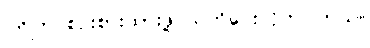
ကြိုတင်စဉ်းစားထားဖို့ သတိပေးလိုက်ပါတယ်။